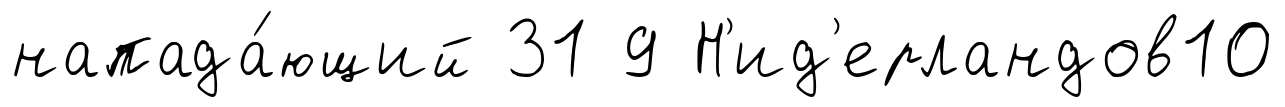
напада́ющий 31 9 Н'ид'ерландов10